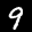
Label: 9